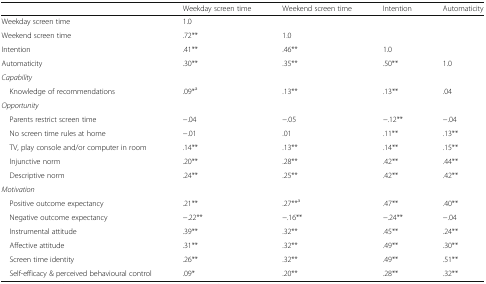
<table><thead><tr><td></td><td><b>Weekday screen time</b></td><td><b>Weekend screen time</b></td><td><b>Intention</b></td><td><b>Automaticity</b></td></tr></thead><tbody><tr><td>Weekday screen time</td><td>1.0</td><td></td><td></td><td></td></tr><tr><td>Weekend screen time</td><td>.72**</td><td>1.0</td><td></td><td></td></tr><tr><td>Intention</td><td>.41**</td><td>.46**</td><td>1.0</td><td></td></tr><tr><td>Automaticity</td><td>.30**</td><td>.35**</td><td>.50**</td><td>1.0</td></tr><tr><td colspan="5"><i>Capability</i></td></tr><tr><td> Knowledge of recommendations</td><td>.09*<sup>a</sup></td><td>.13**</td><td>.13**</td><td>.04</td></tr><tr><td colspan="5"><i>Opportunity</i></td></tr><tr><td> Parents restrict screen time</td><td>−.04</td><td>−.05</td><td>−.12**</td><td>−.04</td></tr><tr><td> No screen time rules at home</td><td>−.01</td><td>.01</td><td>.11**</td><td>.13**</td></tr><tr><td> TV, play console and/or computer in room</td><td>.14**</td><td>.13**</td><td>.14**</td><td>.15**</td></tr><tr><td> Injunctive norm</td><td>.20**</td><td>.28**</td><td>.42**</td><td>.44**</td></tr><tr><td> Descriptive norm</td><td>.24**</td><td>.25**</td><td>.42**</td><td>.42**</td></tr><tr><td colspan="5"><i>Motivation</i></td></tr><tr><td> Positive outcome expectancy</td><td>.21**</td><td>.27**<sup>a</sup></td><td>.47**</td><td>.40**</td></tr><tr><td> Negative outcome expectancy</td><td>−.22**</td><td>−.16**</td><td>−.24**</td><td>−.04</td></tr><tr><td> Instrumental attitude</td><td>.39**</td><td>.32**</td><td>.45**</td><td>.24**</td></tr><tr><td> Affective attitude</td><td>.31**</td><td>.32**</td><td>.49**</td><td>.30**</td></tr><tr><td> Screen time identity</td><td>.26**</td><td>.32**</td><td>.49**</td><td>.51**</td></tr><tr><td> Self-efficacy &amp; perceived behavioural control</td><td>.09*</td><td>.20**</td><td>.28**</td><td>.32**</td></tr></tbody></table>